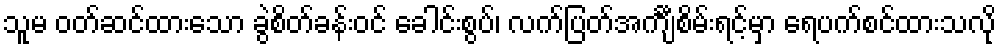
သူမ ဝတ်ဆင်ထားသော ခွဲစိတ်ခန်းဝင် ခေါင်းစွပ်၊ လက်ပြတ်အင်္ကျီစိမ်းရင့်မှာ ရေပက်စင်ထားသလို